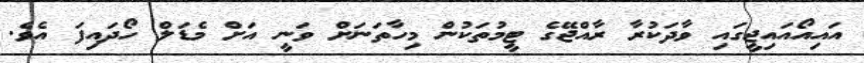
އައިއޯއައިޖީގައި ވާދަކުރާ ރާއްޖޭގެ ޓީމުތަކުން މިހާތަނަށް ވަނީ އަށް މެޑަލް ހޯދައިފަ އެވެ.